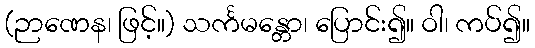
(ဉာဏေန၊ ဖြင့်။) သင်္ကမန္တော၊ ပြောင်း၍။ ဝါ၊ ကပ်၍။